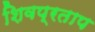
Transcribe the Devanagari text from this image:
शिवप्रताप